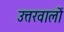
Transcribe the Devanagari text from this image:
उत्तरवालों